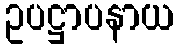
ဥပဋ္ဌာပနာယ